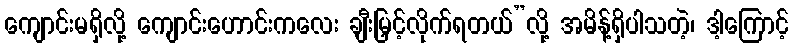
ကျောင်းမရှိလို့ ကျောင်းဟောင်းကလေး ချီးမြှင့်လိုက်ရတယ်”လို့ အမိန့်ရှိပါသတဲ့၊ ဒါ့ကြောင့်